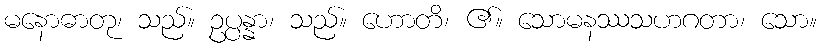
မနောဓာတု၊ သည်။ ဥပ္ပန္နာ၊ သည်။ ဟောတိ၊ ၏။ သောမနဿသဟဂတာ၊ သော။